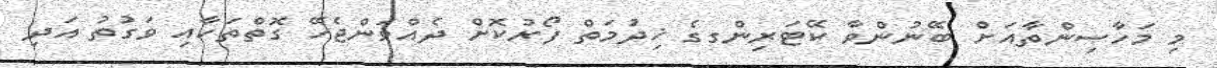
މި މަހާސިންތާއަށް ބޭނުންވާ ކޭޓަރިންގގެ ޚިދުމަތް ފޯރުކޮށް ދެއްވަންޖެހޭ ގޮތްތަކާއި ވަގުތު އަދި